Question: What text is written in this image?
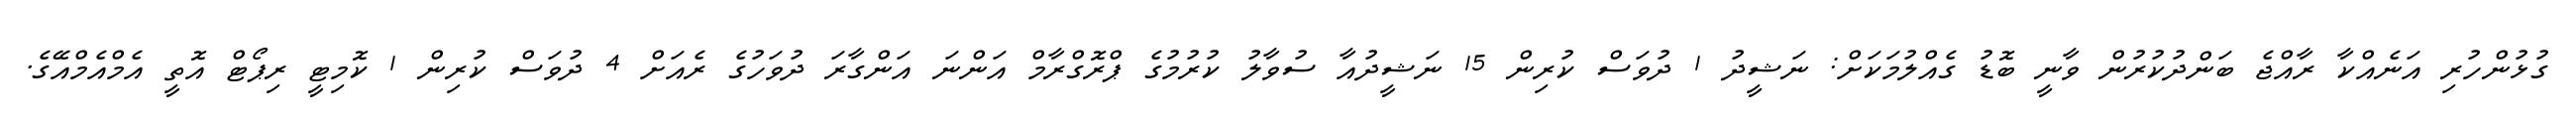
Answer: ގުޅުންހުރި އަނެއްކާ ރާއްޖެ ބަންދުކުރުން ވާނީ ބޮޑު ގެއްލުމަކަށް: ނަޝީދު 1 ދުވަސް ކުރިން 15 ނަޝީދުއާ ސުވާލު ކުރުމުގެ ޕްރޮގްރާމް އަންނަ އަންގާރަ ދުވަހުގެ ރެއަށް 4 ދުވަސް ކުރިން 1 ކޮމިޓީ ރިޕޯޓް އޮތީ އެމްއެމްއޭގެ.